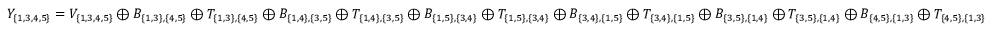
Y _ { \{ 1 , 3 , 4 , 5 \} } = V _ { \{ 1 , 3 , 4 , 5 \} } \oplus B _ { \{ 1 , 3 \} , \{ 4 , 5 \} } \oplus T _ { \{ 1 , 3 \} , \{ 4 , 5 \} } \oplus B _ { \{ 1 , 4 \} , \{ 3 , 5 \} } \oplus T _ { \{ 1 , 4 \} , \{ 3 , 5 \} } \oplus B _ { \{ 1 , 5 \} , \{ 3 , 4 \} } \oplus T _ { \{ 1 , 5 \} , \{ 3 , 4 \} } \oplus B _ { \{ 3 , 4 \} , \{ 1 , 5 \} } \oplus T _ { \{ 3 , 4 \} , \{ 1 , 5 \} } \oplus B _ { \{ 3 , 5 \} , \{ 1 , 4 \} } \oplus T _ { \{ 3 , 5 \} , \{ 1 , 4 \} } \oplus B _ { \{ 4 , 5 \} , \{ 1 , 3 \} } \oplus T _ { \{ 4 , 5 \} , \{ 1 , 3 \} }